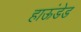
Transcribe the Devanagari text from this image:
हाऊंडेड